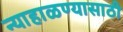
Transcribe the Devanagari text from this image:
न्याहाळण्यासाठी